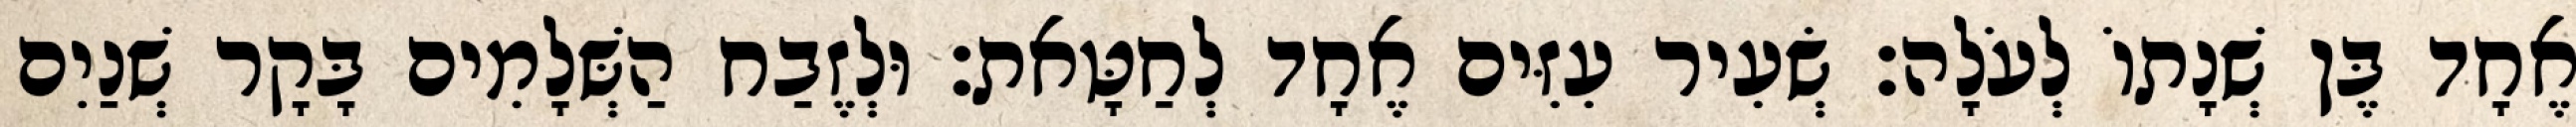
אֶחָד בֶּן שְׁנָתוֹ לְעֹלָה׃ שְׂעִיר עִזִּים אֶחָד לְחַטָּאת׃ וּלְזֶבַח הַשְּׁלָמִים בָּקָר שְׁנַיִם